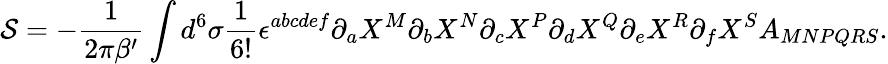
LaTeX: {\cal S}=-{\frac{1}{2\pi\beta^{\prime}}}\int d^{6}\sigma{\frac{1}{6!}}\epsilon^{abcdef}\partial_{a}X^{M}\partial_{b}X^{N}\partial_{c}X^{P}\partial_{d}X^{Q}\partial_{e}X^{R}\partial_{f}X^{S}A_{MNPQRS}.